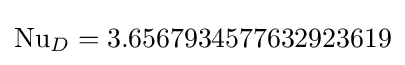
\mathrm {Nu} _{D}=3.6567934577632923619